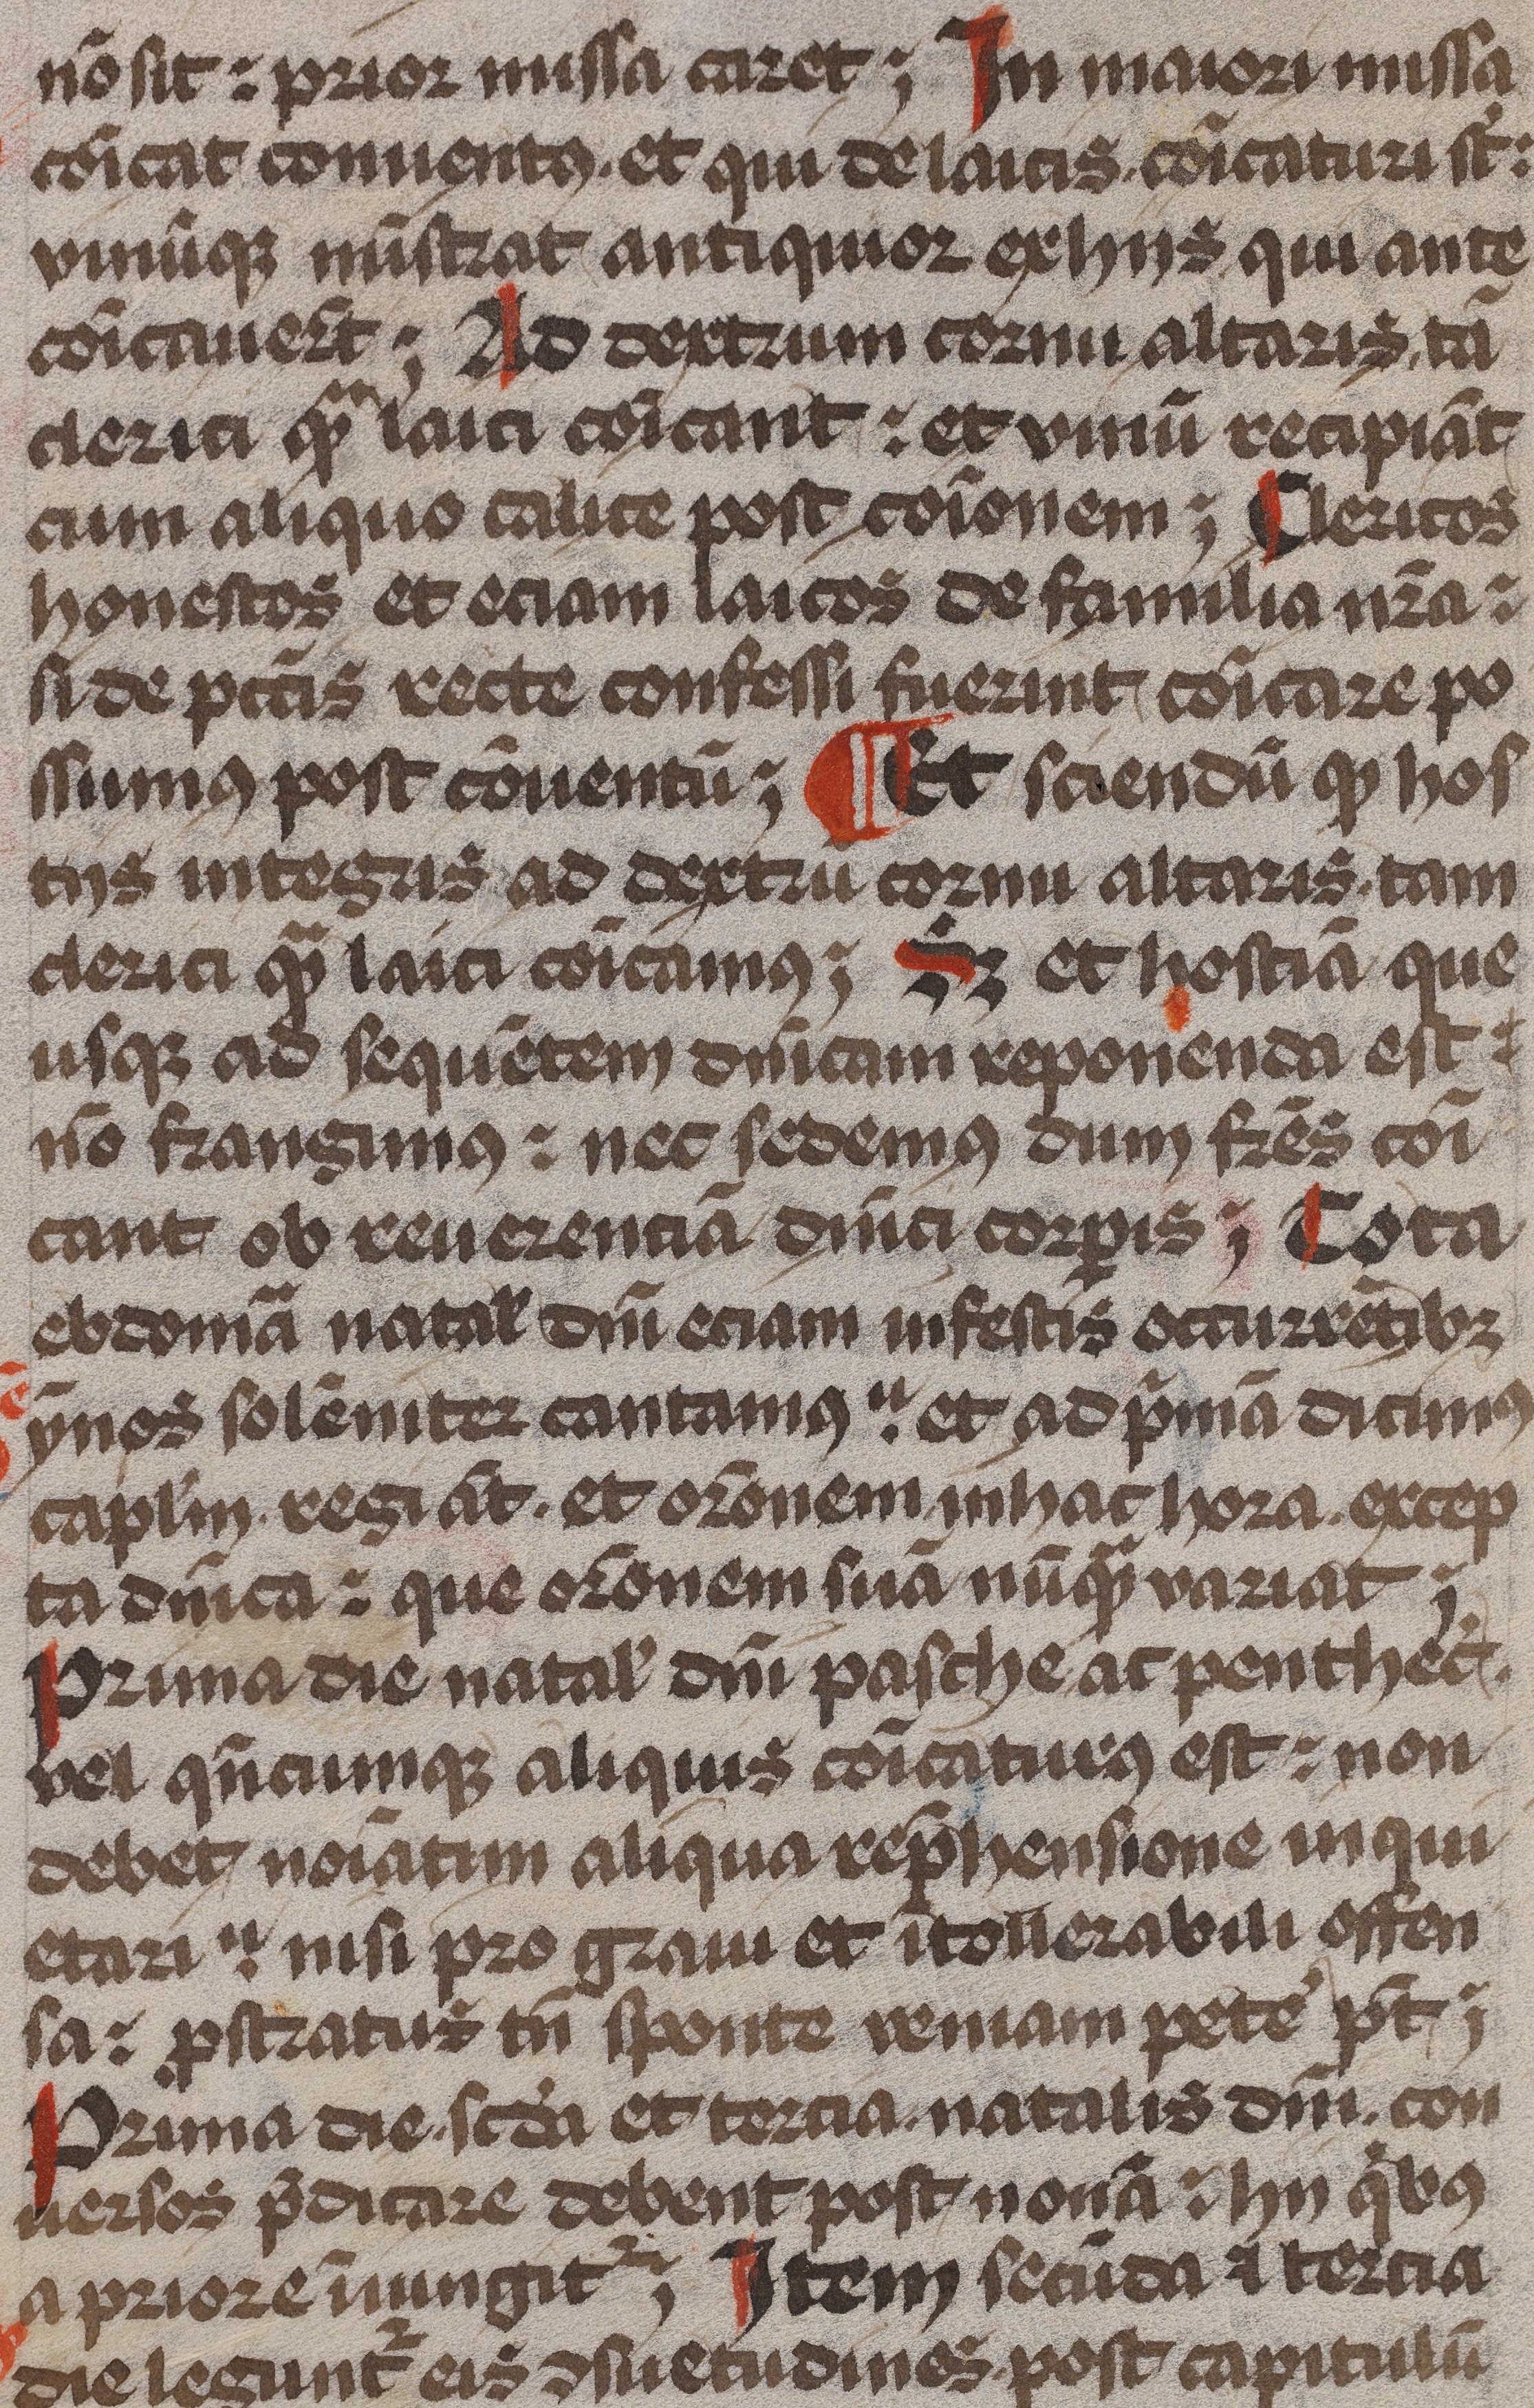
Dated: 1479–1479